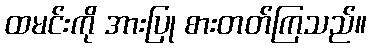
ထမင်းကို အားပြု စားတတ်ကြသည်။